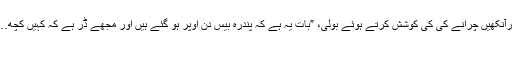
اورآنکهیں چرانے کی کی کوشش کرتے ہوئے بولی، ”بات یہ ہے کہ پندرہ بیس دن اوپر ہو گئے ہیں اور مجھے ڈر ہے کہ کہیں کچھ….
۔